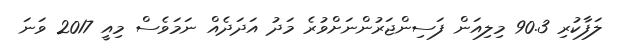
ލަފާކުރި 90.3 މިލިއަން ފަސިންޖަރުންނަށްވުރެ މަދު އަދަދެއް ނަމަވެސް މިއީ 2017 ވަނަ